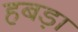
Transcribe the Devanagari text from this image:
हबड़ा